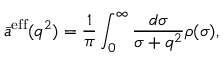
\bar { a } ^ { \mathrm { e f f } } ( q ^ { 2 } ) = { \frac { 1 } { \pi } } \int _ { 0 } ^ { \infty } { \frac { d \sigma } { \sigma + q ^ { 2 } } } \rho ( \sigma ) ,